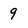
Character: 9